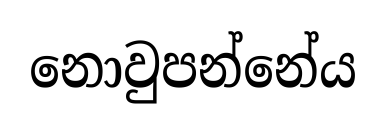
නොවුපන්නේය